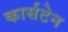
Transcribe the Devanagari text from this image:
कार्सटेन